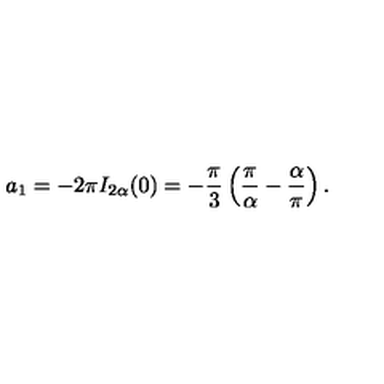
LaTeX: a _ { 1 } = - 2 \pi I _ { 2 \alpha } ( 0 ) = - \frac { \pi } { 3 } \left( \frac { \pi } { \alpha } - \frac { \alpha } { \pi } \right) { . }